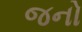
જનો